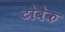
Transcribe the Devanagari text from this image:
टोबैक